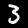
Digit: 3